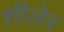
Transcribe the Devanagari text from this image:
शीलेर